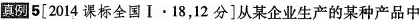
真例5[2014课标全国Ⅰ·18，12分]从某企业生产的某种产品中